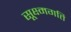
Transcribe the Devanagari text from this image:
सूक्ष्‍मगति